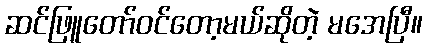
ဆင်ဖြူတော်ဝင်တော့မယ်ဆိုတဲ့ မအေပြီ။